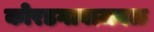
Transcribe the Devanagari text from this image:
कोरडगावाजवळ